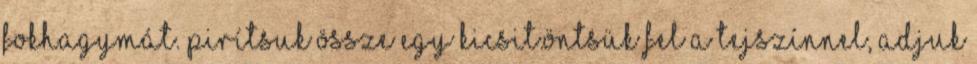
fokhagymát. Pirítsuk össze egy kicsit.Öntsük fel a tejszínnel, adjuk